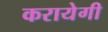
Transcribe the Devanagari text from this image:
करायेगी